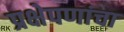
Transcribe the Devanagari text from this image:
प्रक्षेपणांचा